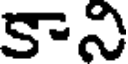
కాని